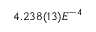
4 . 2 3 8 ( 1 3 ) E ^ { - 4 }